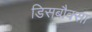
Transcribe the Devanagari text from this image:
डिसबौक्सा